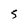
Character: S